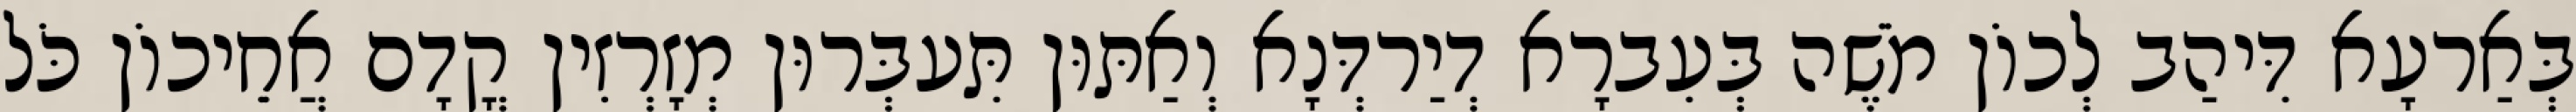
בְּאַרעָא דִּיהַב לְכוֹן מֹשֶׁה בְּעִברָא דְיַרדְּנָא וְאַתּוּן תִּעבְּרוּן מְזָרְזִין קֳדָם אֲחֵיכוֹן כֹּל